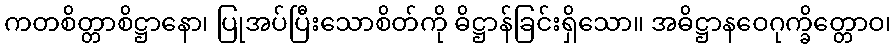
ကတစိတ္တာစိဋ္ဌာနော၊ ပြုအပ်ပြီးသောစိတ်ကို ဓိဋ္ဌာန်ခြင်းရှိသော။ အဓိဋ္ဌာနဝေဂုက္ခိတ္တောဝ၊